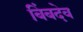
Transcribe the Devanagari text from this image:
बिंबदेव